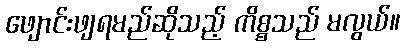
ဖျောင်းဖျရမည်ဆိုသည့် ကိစ္စသည် မလွယ်။